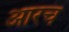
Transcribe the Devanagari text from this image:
आरच